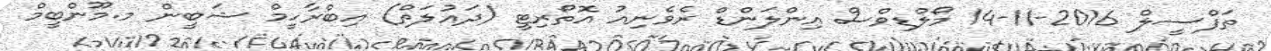
ތަފްސީލް 2016-11-14 މޯލްޑިވްސް އިންލަންޑް ރެވެނިއު އޮތޯރިޓީ (ދައުލަތް) އިބްރާހީމް ޝަބީން މ.މޫންބީމް